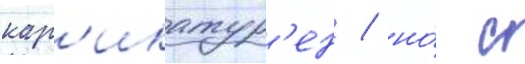
кар'икатур'ен / но́ с